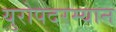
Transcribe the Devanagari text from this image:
युरोपदरम्यान